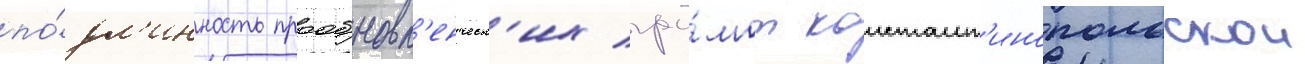
по́дл'инность прообновл'енческ'их гра́мот констант'инопольскои